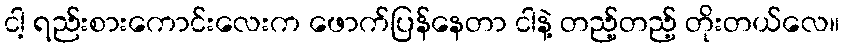
ငါ့ ရည်းစားကောင်းလေးက ဖောက်ပြန်နေတာ ငါနဲ့ တည့်တည့် တိုးတယ်လေ။